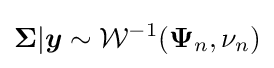
{\boldsymbol {\Sigma }}|{\boldsymbol {y}}\sim {\mathcal {W}}^{-1}({\boldsymbol {\Psi }}_{n},\nu _{n})